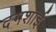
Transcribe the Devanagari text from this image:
दगशाई